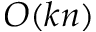
O ( k n )